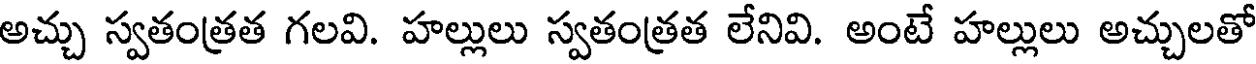
అచ్చు స్వతంత్రత గలవి. హల్లులు స్వతంత్రత లేనివి. అంటే హల్లులు అచ్చులతో